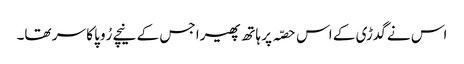
اس نے گدڑی کے اس حصّہ پر ہاتھ پھیرا جس کے نیچے رُوپا کا سر تھا۔